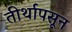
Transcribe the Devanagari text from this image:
तीर्थापसून